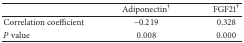
|  | Adiponectin† | FGF21† |
 | --- | --- | --- |
 | Correlation coefficient | −0.219 | 0.328 |
 | P value | 0.008 | 0.000 |